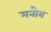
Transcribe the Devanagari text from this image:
मनौरा